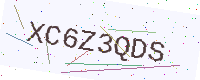
Text: XC6Z3QDS